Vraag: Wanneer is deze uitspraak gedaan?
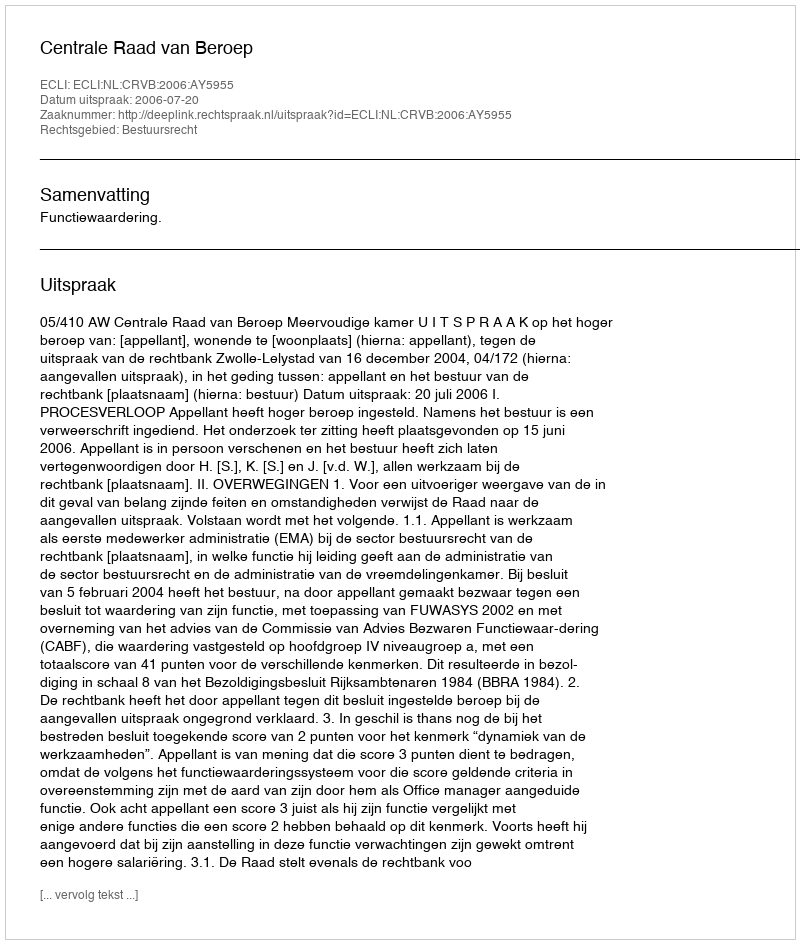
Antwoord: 2006-07-20